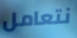
نتعامل